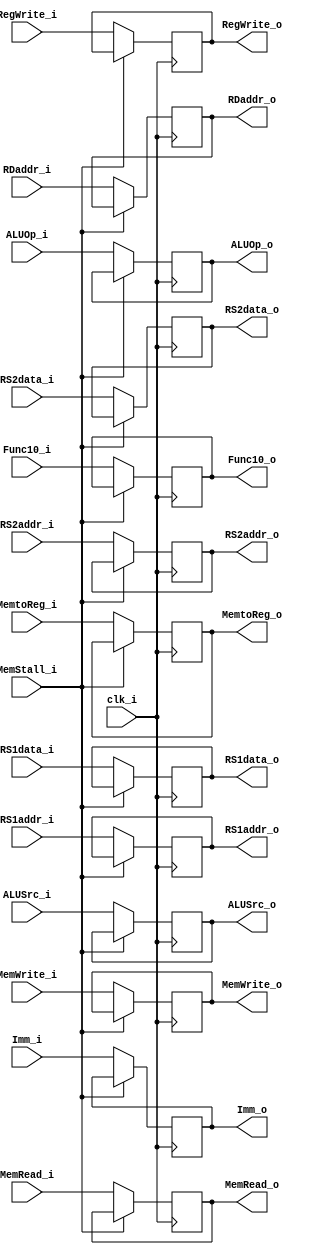
module ID_EX(
    input clk_i,
    input RegWrite_i,
    input MemtoReg_i,
    input MemRead_i,
    input MemWrite_i,
    input [1:0] ALUOp_i,
    input ALUSrc_i,
    input [31:0] RS1data_i,
    input [31:0] RS2data_i,
    input [31:0] Imm_i,
    input [9:0] Func10_i,
    input [4:0] RS1addr_i,
    input [4:0] RS2addr_i,
    input [4:0] RDaddr_i,
    input MemStall_i, 
    output RegWrite_o,
    output MemtoReg_o,
    output MemRead_o,
    output MemWrite_o,
    output [1:0] ALUOp_o,
    output ALUSrc_o,
    output [31:0] RS1data_o,
    output [31:0] RS2data_o,
    output [31:0] Imm_o,
    output [9:0] Func10_o,
    output [4:0] RS1addr_o,    
    output [4:0] RS2addr_o,
    output [4:0] RDaddr_o
);

reg RegWrite_o, MemtoReg_o, MemRead_o, MemWrite_o, ALUOp_o, ALUSrc_o;
reg [31:0] RS1data_o, RS2data_o, Imm_o;
reg [9:0] Func10_o;
reg [4:0] RS1addr_o, RS2addr_o, RDaddr_o;

initial begin
    RDaddr_o = 5'b00001;
end

always @(posedge clk_i) begin
    if (~MemStall_i) begin
        RegWrite_o <= RegWrite_i;
        MemtoReg_o <= MemtoReg_i;
        MemRead_o <= MemRead_i;
        MemWrite_o <= MemWrite_i;
        ALUOp_o <= ALUOp_i;
        ALUSrc_o <= ALUSrc_i;
        Func10_o <= Func10_i;
        RS1data_o <= RS1data_i;
        RS2data_o <= RS2data_i;
        Imm_o <= Imm_i;
        RS1addr_o <= RS1addr_i;
        RS2addr_o <= RS2addr_i;
        RDaddr_o <= RDaddr_i;
    end
end

endmodule